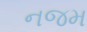
નજમ